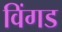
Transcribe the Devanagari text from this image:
विंगड